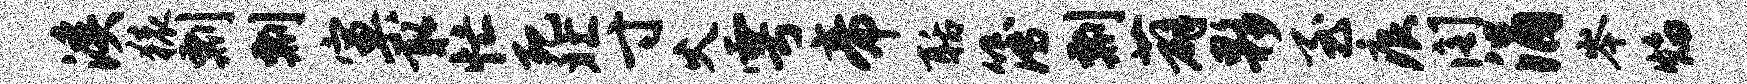
溪猿剽剽窠取忙死北寸火雩帝聒簿剽薜夥至痕阁涓岑焰